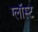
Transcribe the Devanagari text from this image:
ग्लॉस्ट